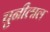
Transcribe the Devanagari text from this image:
चुनीलाल